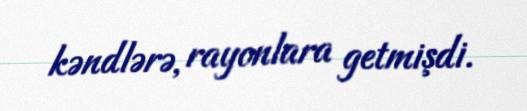
kəndlərə, rayonlara getmişdi.